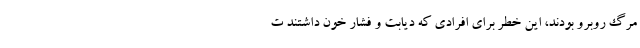
مرگ روبرو بودند، این خطر برای افرادی که دیابت و فشار خون داشتند ت